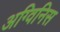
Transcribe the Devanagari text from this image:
अग्विनिस